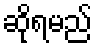
ဆိုရမည်